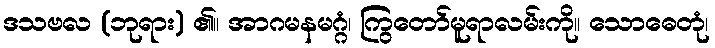
ဒသဗလ (ဘုရား) ၏။ အာဂမနမဂ္ဂံ၊ ကြွတော်မူရာလမ်းကို။ သောဓေတုံ၊